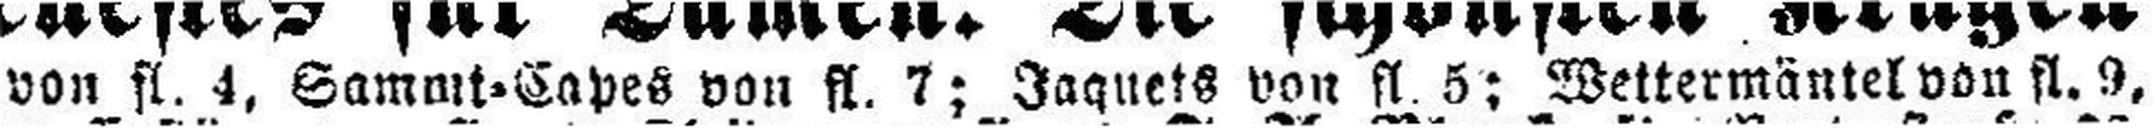
von fl. 4, Sammt=Capes von fl. 7; Jaquets von fl. 5; Wettermäntel von fl. 9,